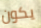
يكون